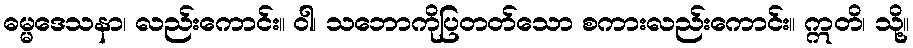
ဓမ္မဒေသနာ၊ လည်းကောင်း။ ဝါ၊ သဘောကိုပြတတ်သော စကားလည်းကောင်း။ ဣတိ၊ သို့။